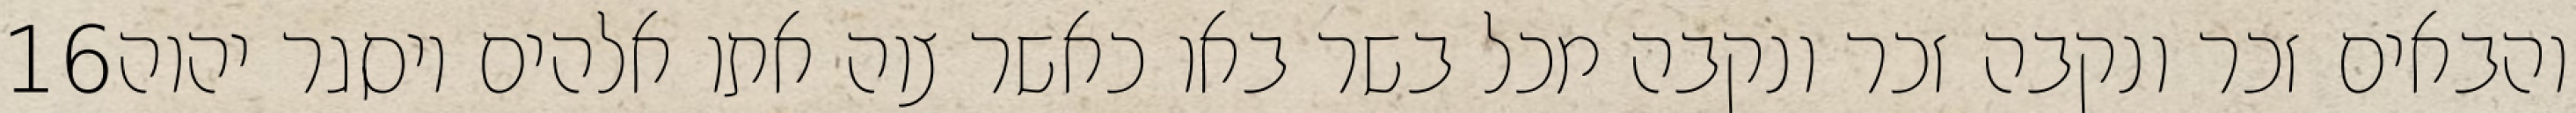
‎16‏ והבאים זכר ונקבה זכר ונקבה מכל בשר באו כאשר צוה אתו אלהים ויסגר יהוה